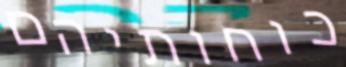
כוחותיהם